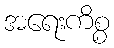
အရေးကိစ္စ